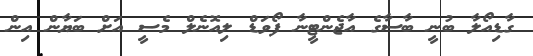
ގާޑިއޯލާ ބުނީ ބާސާގެ އާޖެންޓީނާ ފޯވަޑް ލިއޮނެލް މެސީ އަށް ބަޔާން އިން